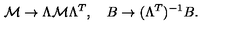
\mathcal { M } \rightarrow \Lambda \mathcal { M } \Lambda ^ { T } , \quad B \rightarrow ( \Lambda ^ { T } ) ^ { - 1 } B .